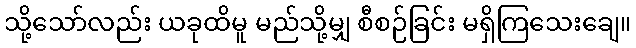
သို့သော်လည်း ယခုထိမူ မည်သို့မျှ စီစဉ်ခြင်း မရှိကြသေးချေ။